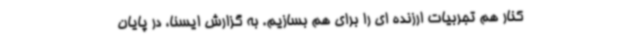
کنار هم تجربیات ارزنده ای را برای هم بسازیم. به گزارش ایسنا، در پایان